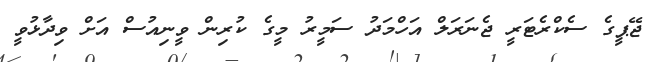
ޖޭޕީގެ ސެކްރެޓަރީ ޖެނަރަލް އަހްމަދު ސަމީރު މީގެ ކުރިން ވީނިއުސް އަށް ވިދާޅުވީ